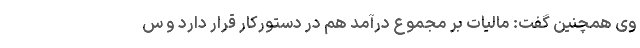
وی همچنین گفت: مالیات بر مجموع درآمد هم در دستورکار قرار دارد و س